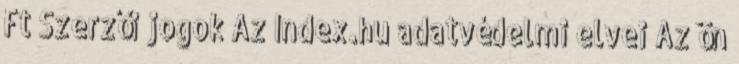
Ft Szerzői jogok Az Index.hu adatvédelmi elvei Az ön